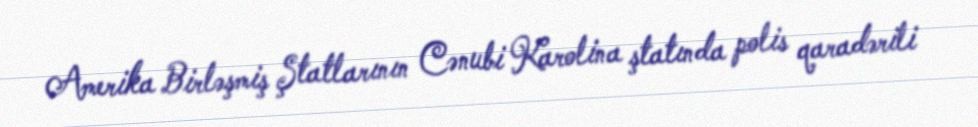
Amerika Birləşmiş Ştatlarının Cənubi Karolina ştatında polis qaradərili